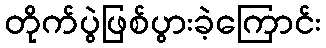
တိုက်ပွဲဖြစ်ပွားခဲ့ကြောင်း